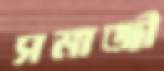
সমাজী